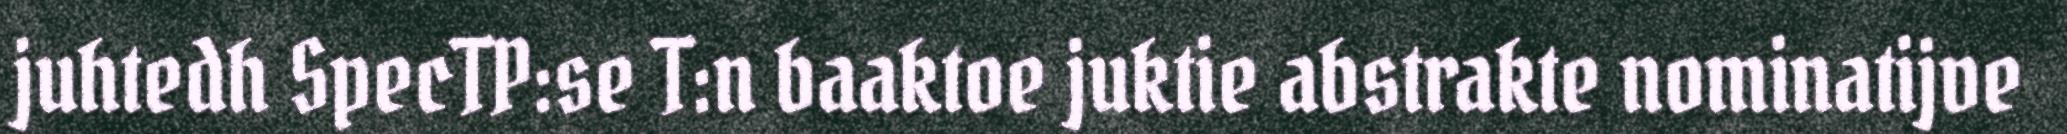
juhtedh SpecTP:se T:n baaktoe juktie abstrakte nominatijve